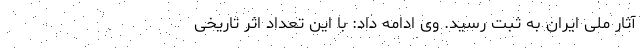
آثار ملی ایران به ثبت رسید. وی ادامه داد: با این تعداد اثر تاریخی